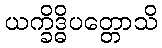
ယက္ခိဒ္ဓိပတ္တောသိ